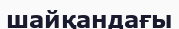
шайқандағы